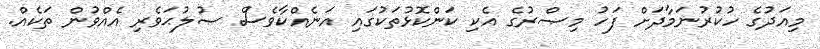
މިއަދުގެ ހުކުރުނަމާދަށް ފަހު މިޞްރުގެ އެކި ކަންކޮޅުތަކުގައި އަނެއްކާވެސް ޞުލުޙަވެރި އެއްވުން ތަކެއް.